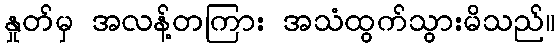
နှုတ်မှ အလန့်တကြား အသံထွက်သွားမိသည်။